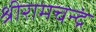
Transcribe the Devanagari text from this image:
श्रीरामचन्द्रं